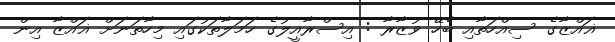
ޣައްޒާގެ ސިއްހަތާއި ބެހޭ ވުޒާރާ : އިސްރާއީލުގެ ހަމަލާތަކުގައި މިހާތަނަށް ޣައްޒާ އިން